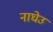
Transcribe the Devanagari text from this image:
नाघेउ